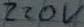
Text: 220V